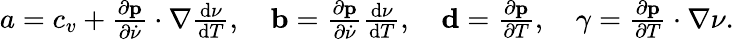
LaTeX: \begin{array}{r}{a=c_{v}+\frac{\partial\mathbf p}{\partial\dot{\nu}}\cdot\nabla\frac{\textrm{d}\nu}{\textrm{d}T},\quad\mathbf b=\frac{\partial\mathbf p}{\partial\dot{\nu}}\frac{\textrm{d}\nu}{\textrm{d}T},\quad\mathbf d=\frac{\partial\mathbf p}{\partial T},\quad\gamma=\frac{\partial\mathbf p}{\partial T}\cdot\nabla\nu.}\end{array}